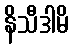
နိသီဒါမိ